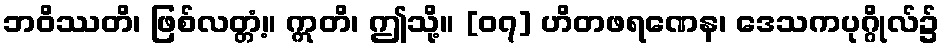
ဘဝိဿတိ၊ ဖြစ်လတ္တံ့။ ဣတိ၊ ဤသို့။ [၀၇] ဟိတဖရဏေန၊ ဒေသကပုဂ္ဂိုလ်၌